Leaving Certificate Examination (including Day School Certificate (Higher) General paper), 1927
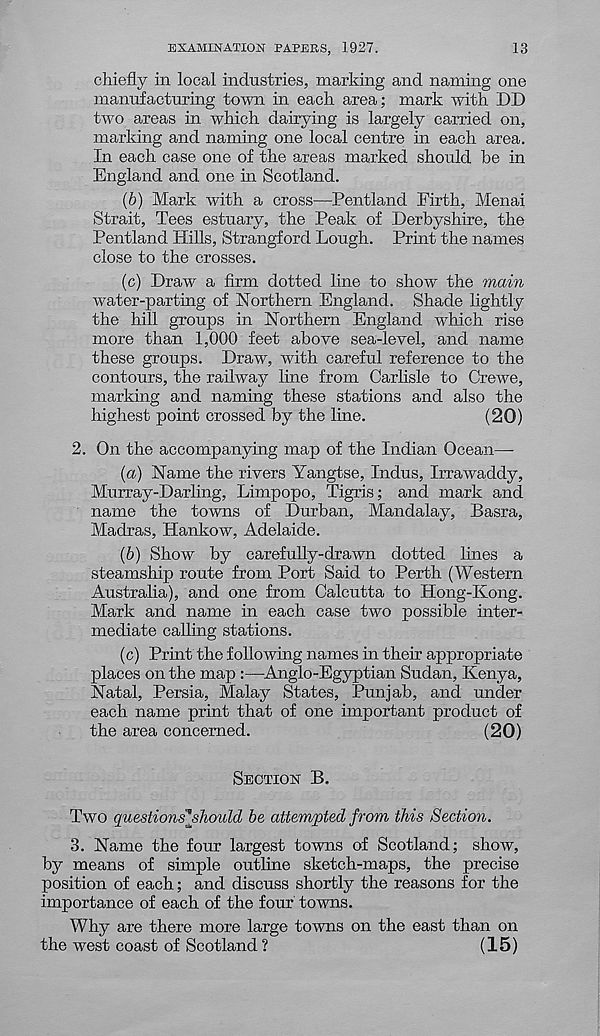
EXAMINATION PAPERS, 1927.
13
chiefly in local industries, marking and naming one
manufacturing town in each area; mark with I)D
two areas in which dairying is largely carried on,
marking and naming one local centre in each area.
In each case one of the areas marked should be in
England and one in Scotland.
(6) Mark with a cross—Pentland Firth, Menai
Strait, Tees estuary, the Peak of Derbyshire, the
Pentland Hills, Strangford Lough. Print the names
close to the crosses.
(c) Draw a firm dotted line to show the main
water-parting of Northern England. Shade lightly
the hill groups in Northern England which rise
more than 1,000 feet above sea-level, and name
these groups. Draw, with careful reference to the
contours, the railway line from Carlisle to Crewe,
marking and naming these stations and also the
highest point crossed by the line.
(20)
2. On the accompanying map of the Indian Ocean—•
(a) Name the rivers Yangtse, Indus, Irrawaddy,
Murray-Darling, Limpopo, Tigris; and mark and
name the towns of Durban, Mandalay, Basra,
Madras, Hankow, Adelaide.
(b) Show by carefully-drawn dotted lines a
steamship route from Port Said to Perth (Western
Australia), and one from Calcutta to Hong-Kong.
Mark and name in each case two possible inter-
mediate calling stations.
(c) Print the following names in their appropriate
places on the map :—Anglo-Egyptian Sudan, Kenya,
Natal, Persia, Malay States, Punjab, and under
each name print that of one important product of
the area concerned.
(20)
SECTION B.
Two questionslshould be attempted from this Section.
3. Name the four largest towns of Scotland; show,
by means of simple outline sketch-maps, the precise
position of each; and discuss shortly the reasons for the
importance of each of the four towns.
Why are there more large towns on the east than on
the west coast of Scotland ?
(15)